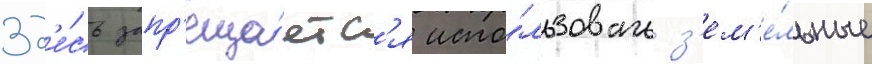
Зд'е́сь запр'еща́етс'я испо́льзовать з'ем'е́льные